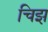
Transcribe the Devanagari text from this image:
चिझ